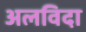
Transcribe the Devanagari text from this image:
अलविदा